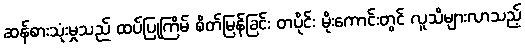
ဆန်စားသုံးမှုသည် ထပ်ပြုကြိမ် စိတ်မြန်ခြင်း တပိုင်း မိုးကောင်းတွင် လူသိများလာသည့်